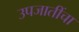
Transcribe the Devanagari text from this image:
उपजातींचा